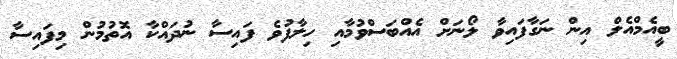
ބީއެމްއެލް އިން ނަގާފައިވާ ލޯނަށް އެއްބަސްވުމާއި ހިލާފުވެ ފައިސާ ނުދައްކާ އޮތުމުން މިފައިސާ